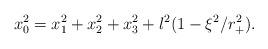
LaTeX: \begin{align*} x_0^2=x_1^2 +x_2^2 +x_3^2 +l^2(1-\xi^2/r_+^2).\end{align*}